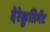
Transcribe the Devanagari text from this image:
देरेक्रुतिमेंट